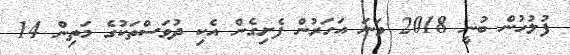
ފުލުހުން ބުނީ 2018 ވަނަ އަހަރުން ފެށިގެން އެކި ދުވަސްތަކުގެ މަތިން 14